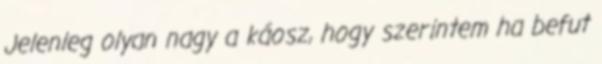
Jelenleg olyan nagy a káosz, hogy szerintem ha befut